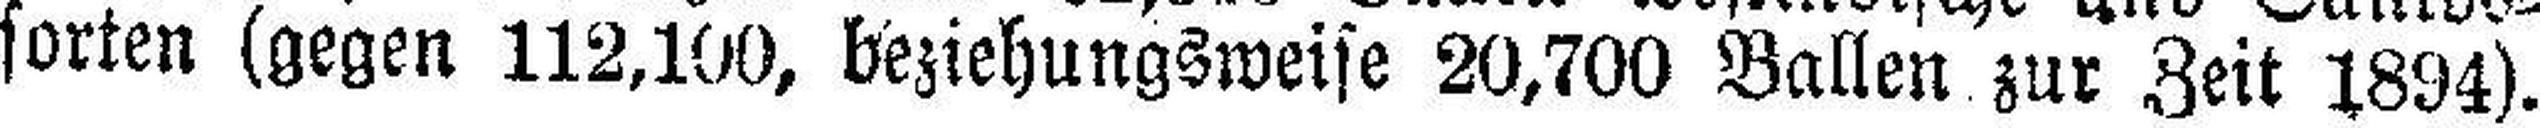
sorten (gegen 112,100, beziehungsweise 20,700 Ballen zur Zeit 1894).